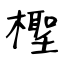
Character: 檉